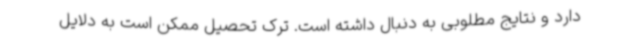
دارد و نتایج مطلوبی به دنبال داشته است. ترک تحصیل ممکن است به دلایل